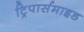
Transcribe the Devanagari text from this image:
ट्रिपार्समाइड